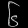
Digit: ၆